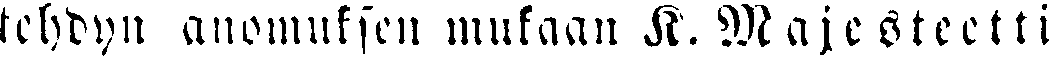
tehdyn anomuksen mukaan K. Majesteetti